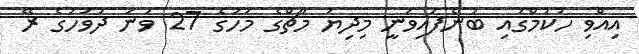
އިއްވި ހުކުމްގައި ބުނެފައިވަނީ މިދިޔަ މާޗްގެ މަހުގެ 27 ވަނަ ދުވަހުގެ ރޭ